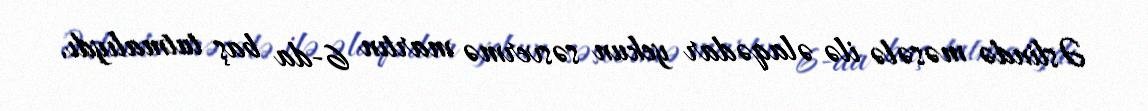
Əslində məsələ ilə əlaqədar yekun səsvermə martın 6-da baş tutmalıydı.